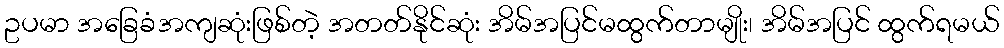
ဥပမာ အခြေခံအကျဆုံးဖြစ်တဲ့ အတတ်နိုင်ဆုံး အိမ်အပြင်မထွက်တာမျိုး၊ အိမ်အပြင် ထွက်ရမယ်